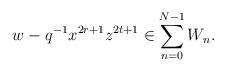
LaTeX: \begin{align*}w - q^{-1}x^{2r+1}z^{2t+1} \in \sum_{n=0}^{N-1} W_n.\end{align*}